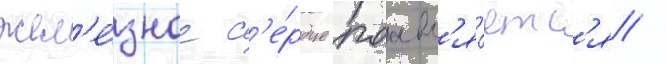
жел'е́зное с'е́рдце поавл'я́етс'я /